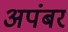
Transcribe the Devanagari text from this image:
अपंबर